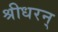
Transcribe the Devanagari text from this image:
श्रीधरन्